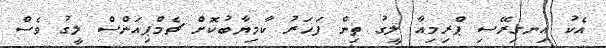
އެކު އިނގިރޭސި ޕްރިމިއާ ލީގު ތިން ފަހަރު ކާމިޔާބުކޮށް ޗެމްޕިއަންސް ލީގު ވެސް